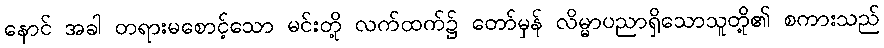
နောင် အခါ တရားမစောင့်သော မင်းတို့ လက်ထက်၌ တော်မှန် လိမ္မာပညာရှိသောသူတို့၏ စကားသည်